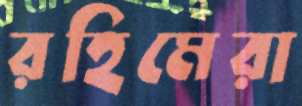
রহিমেরা